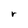
Character: r